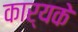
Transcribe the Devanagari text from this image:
कार्यके